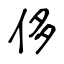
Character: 侈